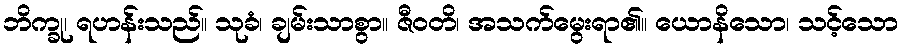
ဘိက္ခု၊ ရဟန်းသည်။ သုခံ၊ ချမ်းသာစွာ။ ဇီဝတိ၊ အသက်မွေးရာ၏။ ယောနိသော၊ သင့်သော